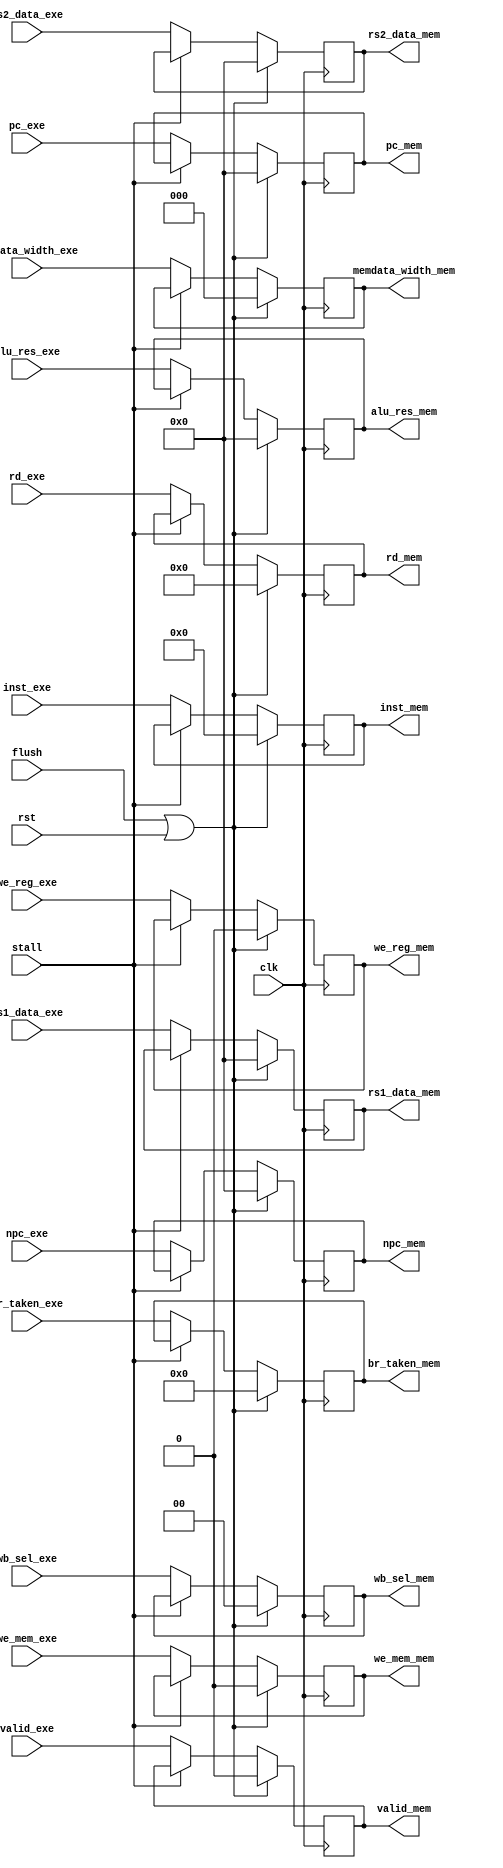
`timescale 1ns/1ps

module EXE_MEM_Reg(
    input clk,
    input rst,
    input flush,
    input stall,
    input valid_exe,
    output reg valid_mem,
//
    input [63:0]pc_exe,
    input [63:0]npc_exe,
    input [31:0]inst_exe,
    output reg [63:0]pc_mem,   
    output reg [63:0]npc_mem,
    output reg [31:0]inst_mem,
//
    input we_reg_exe,
    input we_mem_exe,
    input [1:0]wb_sel_exe,
    input [2:0]memdata_width_exe,
    input [3:0]br_taken_exe,
    output reg we_reg_mem,
    output reg we_mem_mem,
    output reg [1:0]wb_sel_mem,
    output reg [2:0]memdata_width_mem,
    output reg [3:0]br_taken_mem,
//
    input [4:0]rd_exe,
    input [63:0]alu_res_exe,
    input [63:0]rs1_data_exe,
    input [63:0]rs2_data_exe,
    output reg [4:0]rd_mem,
    output reg [63:0]alu_res_mem,
    output reg [63:0]rs1_data_mem,
    output reg [63:0]rs2_data_mem
);

    always @(posedge clk) begin
        if (flush || rst) begin  //
            pc_mem <= 0;
            npc_mem <= 0;
            inst_mem <= 0;
            valid_mem <= 0;

            we_reg_mem <= 0;
            we_mem_mem <= 0;
            wb_sel_mem <= 0;
            memdata_width_mem <= 0;
            br_taken_mem <= 0;

            rd_mem <= 0;
            alu_res_mem <= 0;
            rs1_data_mem <= 0;
            rs2_data_mem <= 0; 
        end
        else begin      //
            if (stall) begin
                pc_mem <= pc_mem;
                npc_mem <= npc_mem;
                inst_mem <= inst_mem;
                valid_mem <= valid_mem;

                we_reg_mem <= we_reg_mem;
                we_mem_mem <= we_mem_mem;
                wb_sel_mem <= wb_sel_mem;
                memdata_width_mem <= memdata_width_mem;
                br_taken_mem <= br_taken_mem;

                rd_mem <= rd_mem;
                alu_res_mem <= alu_res_mem;
                rs1_data_mem <= rs1_data_mem;
                rs2_data_mem <= rs2_data_mem;                 
            end
            else begin
                pc_mem <= pc_exe;
                npc_mem <= npc_exe;
                inst_mem <= inst_exe;
                valid_mem <= valid_exe;

                we_reg_mem <= we_reg_exe;
                we_mem_mem <= we_mem_exe;
                wb_sel_mem <= wb_sel_exe;
                memdata_width_mem <= memdata_width_exe;
                br_taken_mem <= br_taken_exe;
                
                rd_mem <= rd_exe;
                alu_res_mem <= alu_res_exe;
                rs1_data_mem <= rs1_data_exe;
                rs2_data_mem <= rs2_data_exe;
            end
        end
    end

endmodule